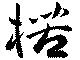
楛